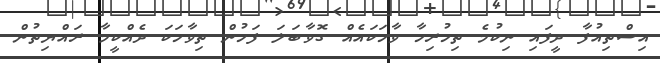
އިސްތިއުފާ ދީފައި ނިކުމެ ތިހުރިހާ ވާހަކައެއް ގޮވާބަލަ ފަހުން ތިވާހަކަ ދެއްކީމާ ރައްޔިތުން